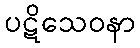
ပဋိသေဝနာ